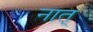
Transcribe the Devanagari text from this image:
नात्